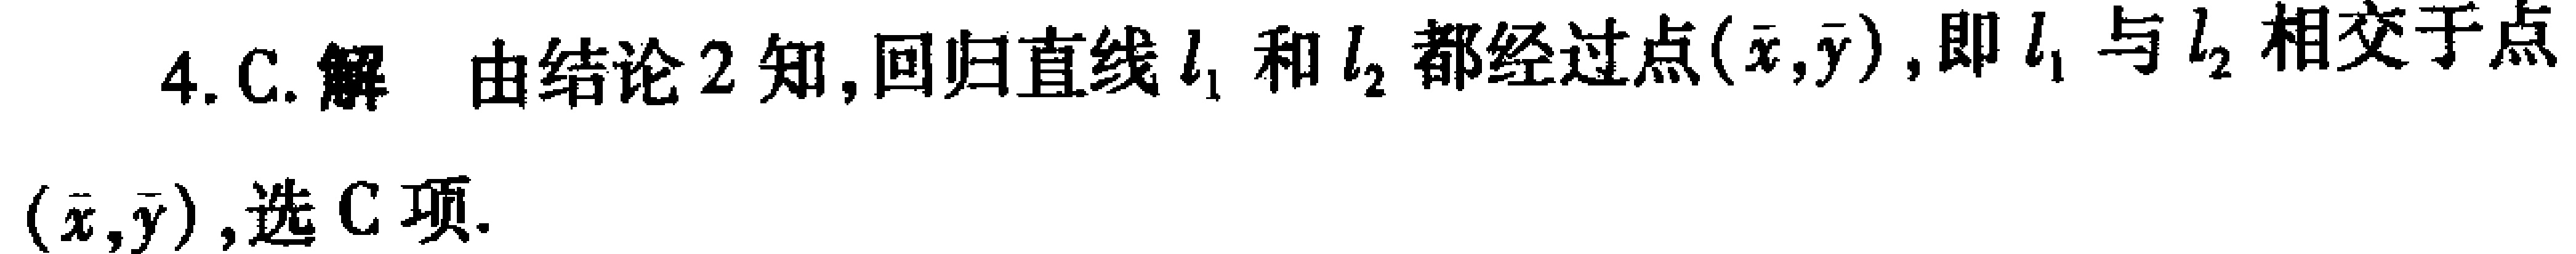
4. C. 解 由结论 2 知, 回归直线\(l_{1}\)和\(l_{2}\)都经过点\((\overline{x},\overline{y})\), 即\(l_{1}\)与\(l_{2}\)相交于点\((\overline{x},\overline{y})\), 选 C 项.